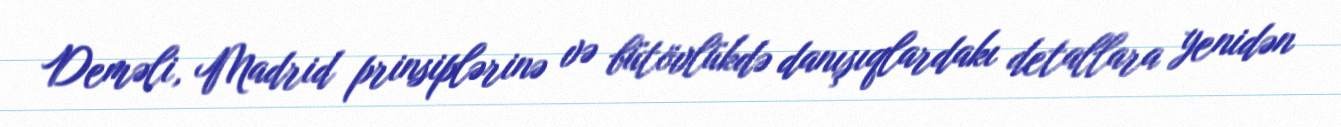
Deməli, Madrid prinsiplərinə və bütövlükdə danışıqlardakı detallara yenidən